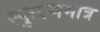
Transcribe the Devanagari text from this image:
स्फुरणमात्र